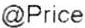
@PRICE